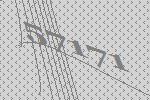
57171